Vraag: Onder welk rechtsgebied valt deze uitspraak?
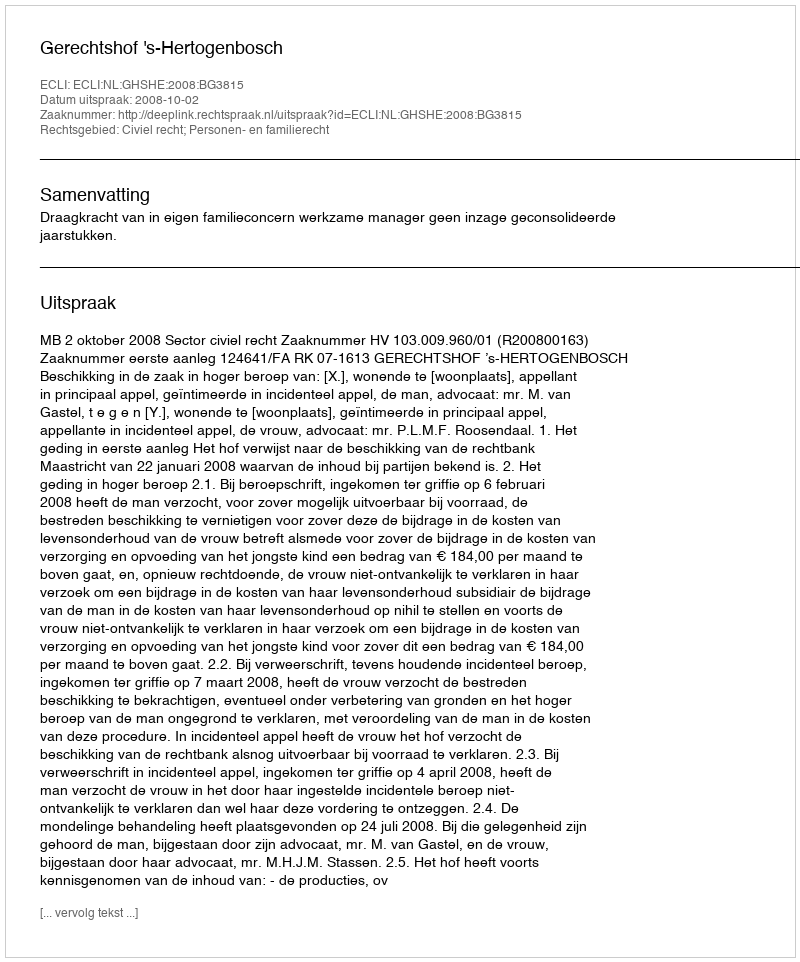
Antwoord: Civiel recht; Personen- en familierecht